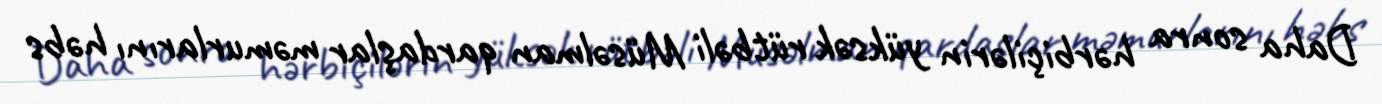
Daha sonra hərbiçilərin yüksək rütbəli Müsəlman qardaşlar məmurlarını həbs